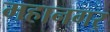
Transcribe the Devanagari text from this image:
महानगर्